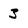
Character: 3